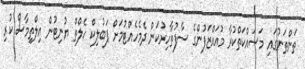
ތަންތަނުގައި މަސައްކަތްކުރާ މުއައްޒަފުންގެ ސާފުތާހިރުކަން ދެމެހެއްޓުމަށް ޕަބުލިކް ހެލްތް ޔުނިޓުން އިލްތިމާސް ކުރި